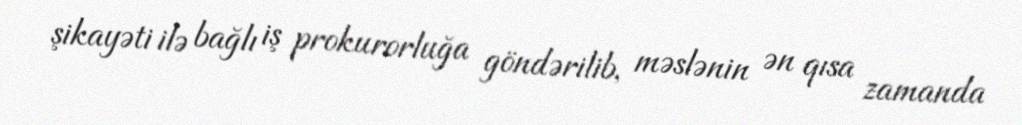
şikayəti ilə bağlı iş prokurorluğa göndərilib, məslənin ən qısa zamanda